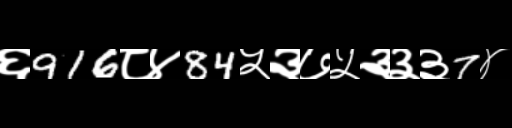
Text: ६916८४84५३७५३३३7४